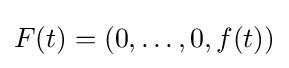
F(t)=(0,\ldots ,0,f(t))